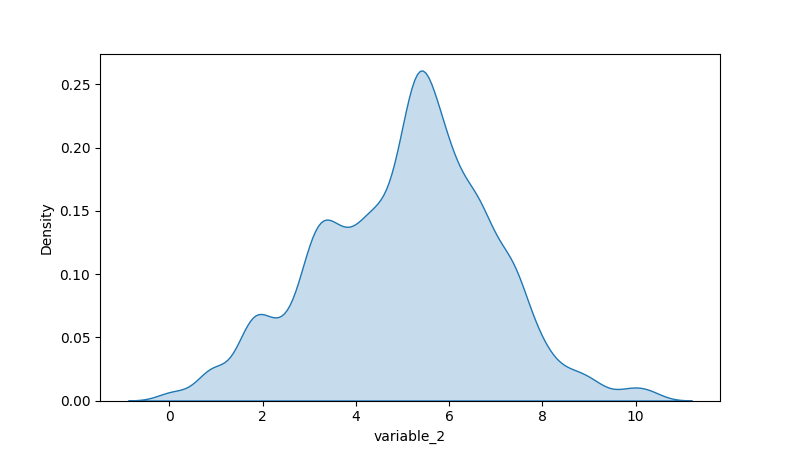
python, seaborn, kdeplot, hue='None', fill=True, bw_adjust=0.5